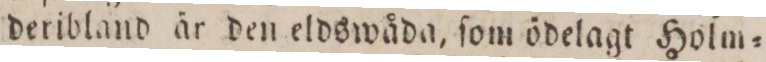
deribland är den eldswåda, ſom ödelagt Holm=